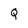
Character: Q